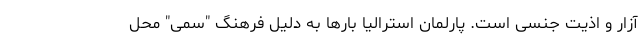
آزار و اذیت جنسی است. پارلمان استرالیا بارها به دلیل فرهنگ "سمی" محل